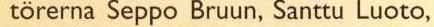
törerna Seppo Bruun, Santtu Luoto,